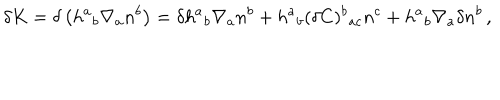
\delta K = \delta \left( h ^ { a } { } _ { b } \nabla _ { a } n ^ { b } \right) = \delta h ^ { a } { } _ { b } \nabla _ { a } n ^ { b } + h ^ { a } { } _ { b } ( \delta C ) ^ { b } { } _ { a c } n ^ { c } + h ^ { a } { } _ { b } \nabla _ { a } \delta n ^ { b } \, ,